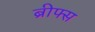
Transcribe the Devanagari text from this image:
ब्रीफ्स